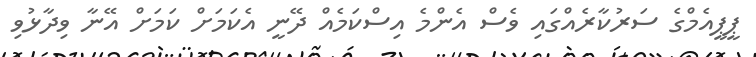
ޕީޕީއެމްގެ ސަރުކާރެއްގައި ވެސް އެންމެ އިސްކަމެއް ދޭނީ އެކަމަށް ކަމަށް އޭނާ ވިދާޅުވި